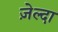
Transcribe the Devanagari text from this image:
ज़ेल्दा